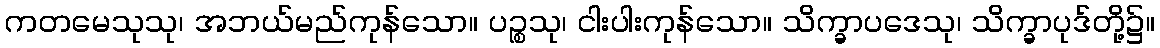
ကတမေသုသု၊ အဘယ်မည်ကုန်သော။ ပဉ္စသု၊ ငါးပါးကုန်သော။ သိက္ခာပဒေသု၊ သိက္ခာပုဒ်တို့၌။